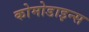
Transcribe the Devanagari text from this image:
कोमोडाइन्स